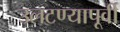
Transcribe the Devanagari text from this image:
उलटण्यापूर्वी